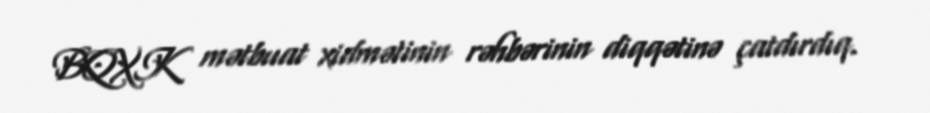
BQXK mətbuat xidmətinin rəhbərinin diqqətinə çatdırdıq.